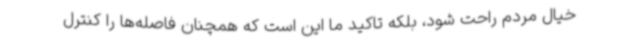
خیال مردم راحت شود، بلکه تاکید ما این است که همچنان فاصله‌ها را کنترل